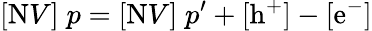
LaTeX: [\mathrm{N}V]\; p=[\mathrm{N}V]\; p^{\prime}+[\mathrm{h^{+}}]-[\mathrm{e^{-}}]